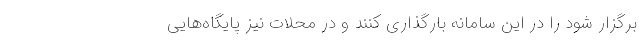
برگزار شود را در این سامانه بارگذاری کنند و در محلات نیز پایگاه‌هایی